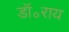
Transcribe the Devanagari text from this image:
डॉ॰राय